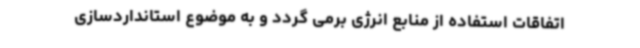
اتفاقات استفاده از منابع انرژی برمی گردد و به موضوع استانداردسازی